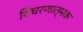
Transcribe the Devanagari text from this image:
विचरणात्मक